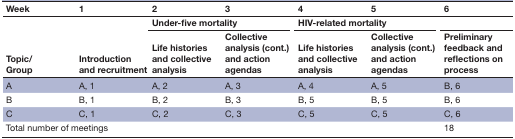
<table><thead><tr><td><b>Week</b></td><td><b>1</b></td><td><b>2</b></td><td><b>3</b></td><td><b>4</b></td><td><b>5</b></td><td><b>6</b></td></tr><tr><td rowspan="2"><b>Topic/ Group</b></td><td rowspan="2"><b>Introduction and recruitment</b></td><td colspan="2"><b>Under-five mortality</b></td><td colspan="2"><b>HIV-related mortality</b></td><td></td></tr><tr><td><b>Life histories and collective analysis</b></td><td><b>Collective analysis (cont.) and action agendas</b></td><td><b>Life histories and collective analysis</b></td><td><b>Collective analysis (cont.) and action agendas</b></td><td><b>Preliminary feedback and reflections on process</b></td></tr></thead><tbody><tr><td>A</td><td>A, 1</td><td>A, 2</td><td>A, 3</td><td>A, 4</td><td>A, 5</td><td>B, 6</td></tr><tr><td>B</td><td>B, 1</td><td>B, 2</td><td>B, 3</td><td>B, 5</td><td>B, 5</td><td>B, 6</td></tr><tr><td>C</td><td>C, 1</td><td>C, 2</td><td>C, 3</td><td>C, 5</td><td>C, 5</td><td>C, 6</td></tr><tr><td colspan="6">Total number of meetings</td><td>18</td></tr></tbody></table>